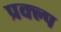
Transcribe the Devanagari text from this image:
प्रक्ल्प